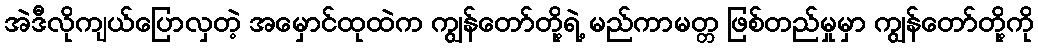
အဲဒီလိုကျယ်ပြောလှတဲ့ အမှောင်ထုထဲက ကျွန်တော်တို့ရဲ့ မည်ကာမတ္တ ဖြစ်တည်မှုမှာ ကျွန်တော်တို့ကို